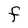
Character: F